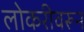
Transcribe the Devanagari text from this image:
लोकरीवरून